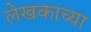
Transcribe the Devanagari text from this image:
लेखकाच्‍या